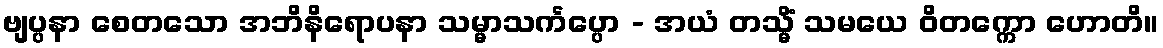
ဗျပ္ပနာ စေတသော အဘိနိရောပနာ သမ္မာသင်္ကပ္ပော - အယံ တသ္မိံ သမယေ ဝိတက္ကော ဟောတိ။